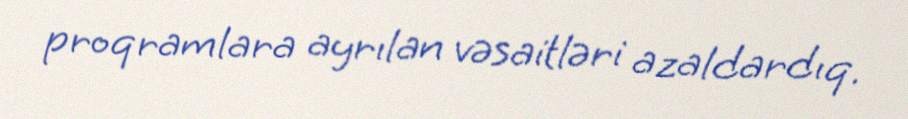
proqramlara ayrılan vəsaitləri azaldardıq.